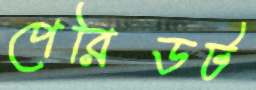
পেরিডট